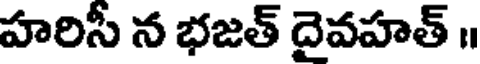
హరిసీ న భజత్ దైవహత్ ॥